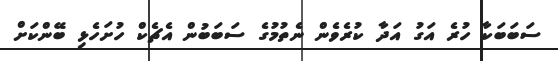
ސަބަބަކާ ހުރެ އަގު އަދާ ކުރެވެން ނެތުމުގެ ސަބަބުން އެޗެކް ހުށަހެޅި ބޭންކަށް